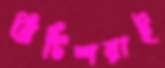
ব্রিটিশরাই